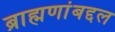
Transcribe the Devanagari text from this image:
ब्राह्मणांबद्दल